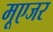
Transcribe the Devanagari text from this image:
मूएजर